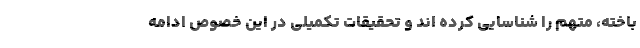
باخته، متهم را شناسایی کرده اند و تحقیقات تکمیلی در این خصوص ادامه